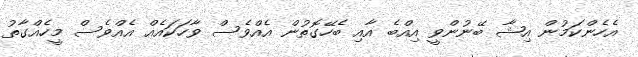
އެހެންކަމުން އިޝާ ބޭނުންވީ އިއްބެ އާއި ބެހޭގޮތުން އެއްވެސް ވާހަކައެއް އެއްވެސް މީހެއްގާތު